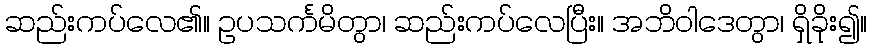
ဆည်းကပ်လေ၏။ ဥပသင်္ကမိတွာ၊ ဆည်းကပ်လေပြီး။ အဘိဝါဒေတွာ၊ ရှိခိုး၍။